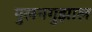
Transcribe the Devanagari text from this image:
पुलनगुझाल